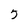
Character: 5